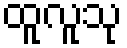
ထူလူသု